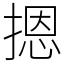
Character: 摁